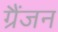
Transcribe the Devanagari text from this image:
ग्रैंजन